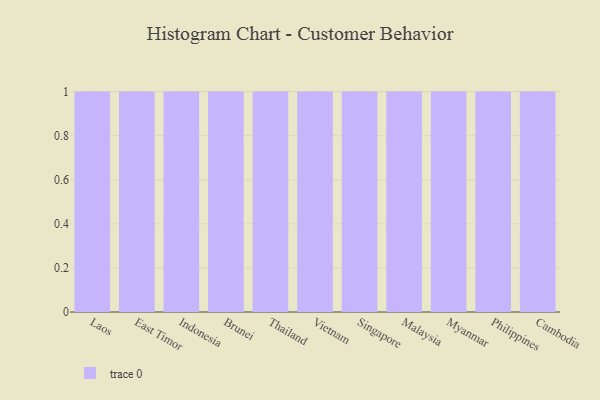
{"axis": {"x": "Country", "y": "Gross Profit (USD K)"}, "legend": [""], "data": [{"x": "Laos", "y": 5, "type": ""}, {"x": "East Timor", "y": 20, "type": ""}, {"x": "Indonesia", "y": 94, "type": ""}, {"x": "Brunei", "y": 88, "type": ""}, {"x": "Thailand", "y": 57, "type": ""}, {"x": "Vietnam", "y": 89, "type": ""}, {"x": "Singapore", "y": 52, "type": ""}, {"x": "Malaysia", "y": 12, "type": ""}, {"x": "Myanmar", "y": 54, "type": ""}, {"x": "Philippines", "y": 82, "type": ""}, {"x": "Cambodia", "y": 2, "type": ""}]}